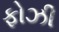
ફોઝી